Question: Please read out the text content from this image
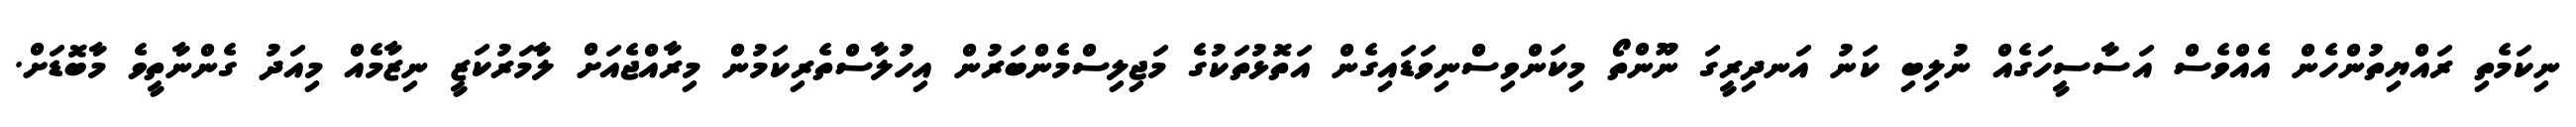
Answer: ނިކަމެތި ރައްޔިތުންހެން އެއްވެސް އަސާސީހަގެއް ނުލިބި ކަނު އަނދިރީގަ ނޫންތޯ މިކަންވިސްނިވަޑައިގެން އަތޮޅުތަކުގެ މަޖިލިސްމެންބަރުން އިހުލާސްތެރިކަމުން މިރާއްޖެއަށް ލާމަރުކަޒީ ނިޒާމެއް މިއަދު ގެންނާތީވެ މާބޮޑަށް.